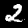
Label: 2